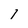
Character: 1